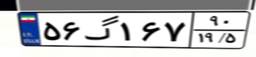
۵۶گ۱۶۷۹۰